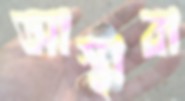
আস্থাবা